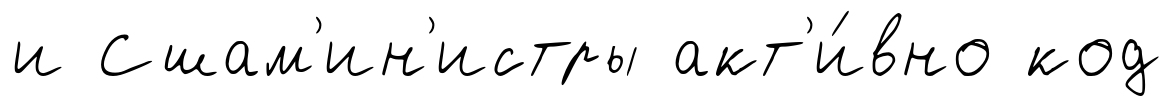
и Сшам'ин'истры акт'и́вно код